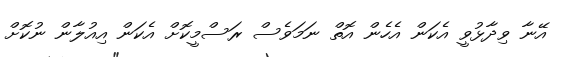
އޭނާ ވިދާޅުވީ އެކަން އެހެން އޮތް ނަމަވެސް ރަސްމީކޮށް އެކަން އިއުލާން ނުކޮށް